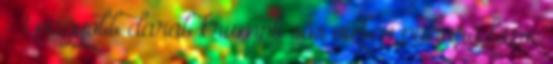
- 1 nagyobb darab krumpli sós vízben puhára főzve